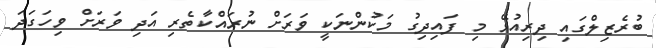
ބުރެޒިލްގައި ދިރިއުޅޭ މި ފައިދިގު މަކުންނަކީ ވަރަށް ނުރައްކާތެރި އަދި ވަރަށް ވިހަގަދަ